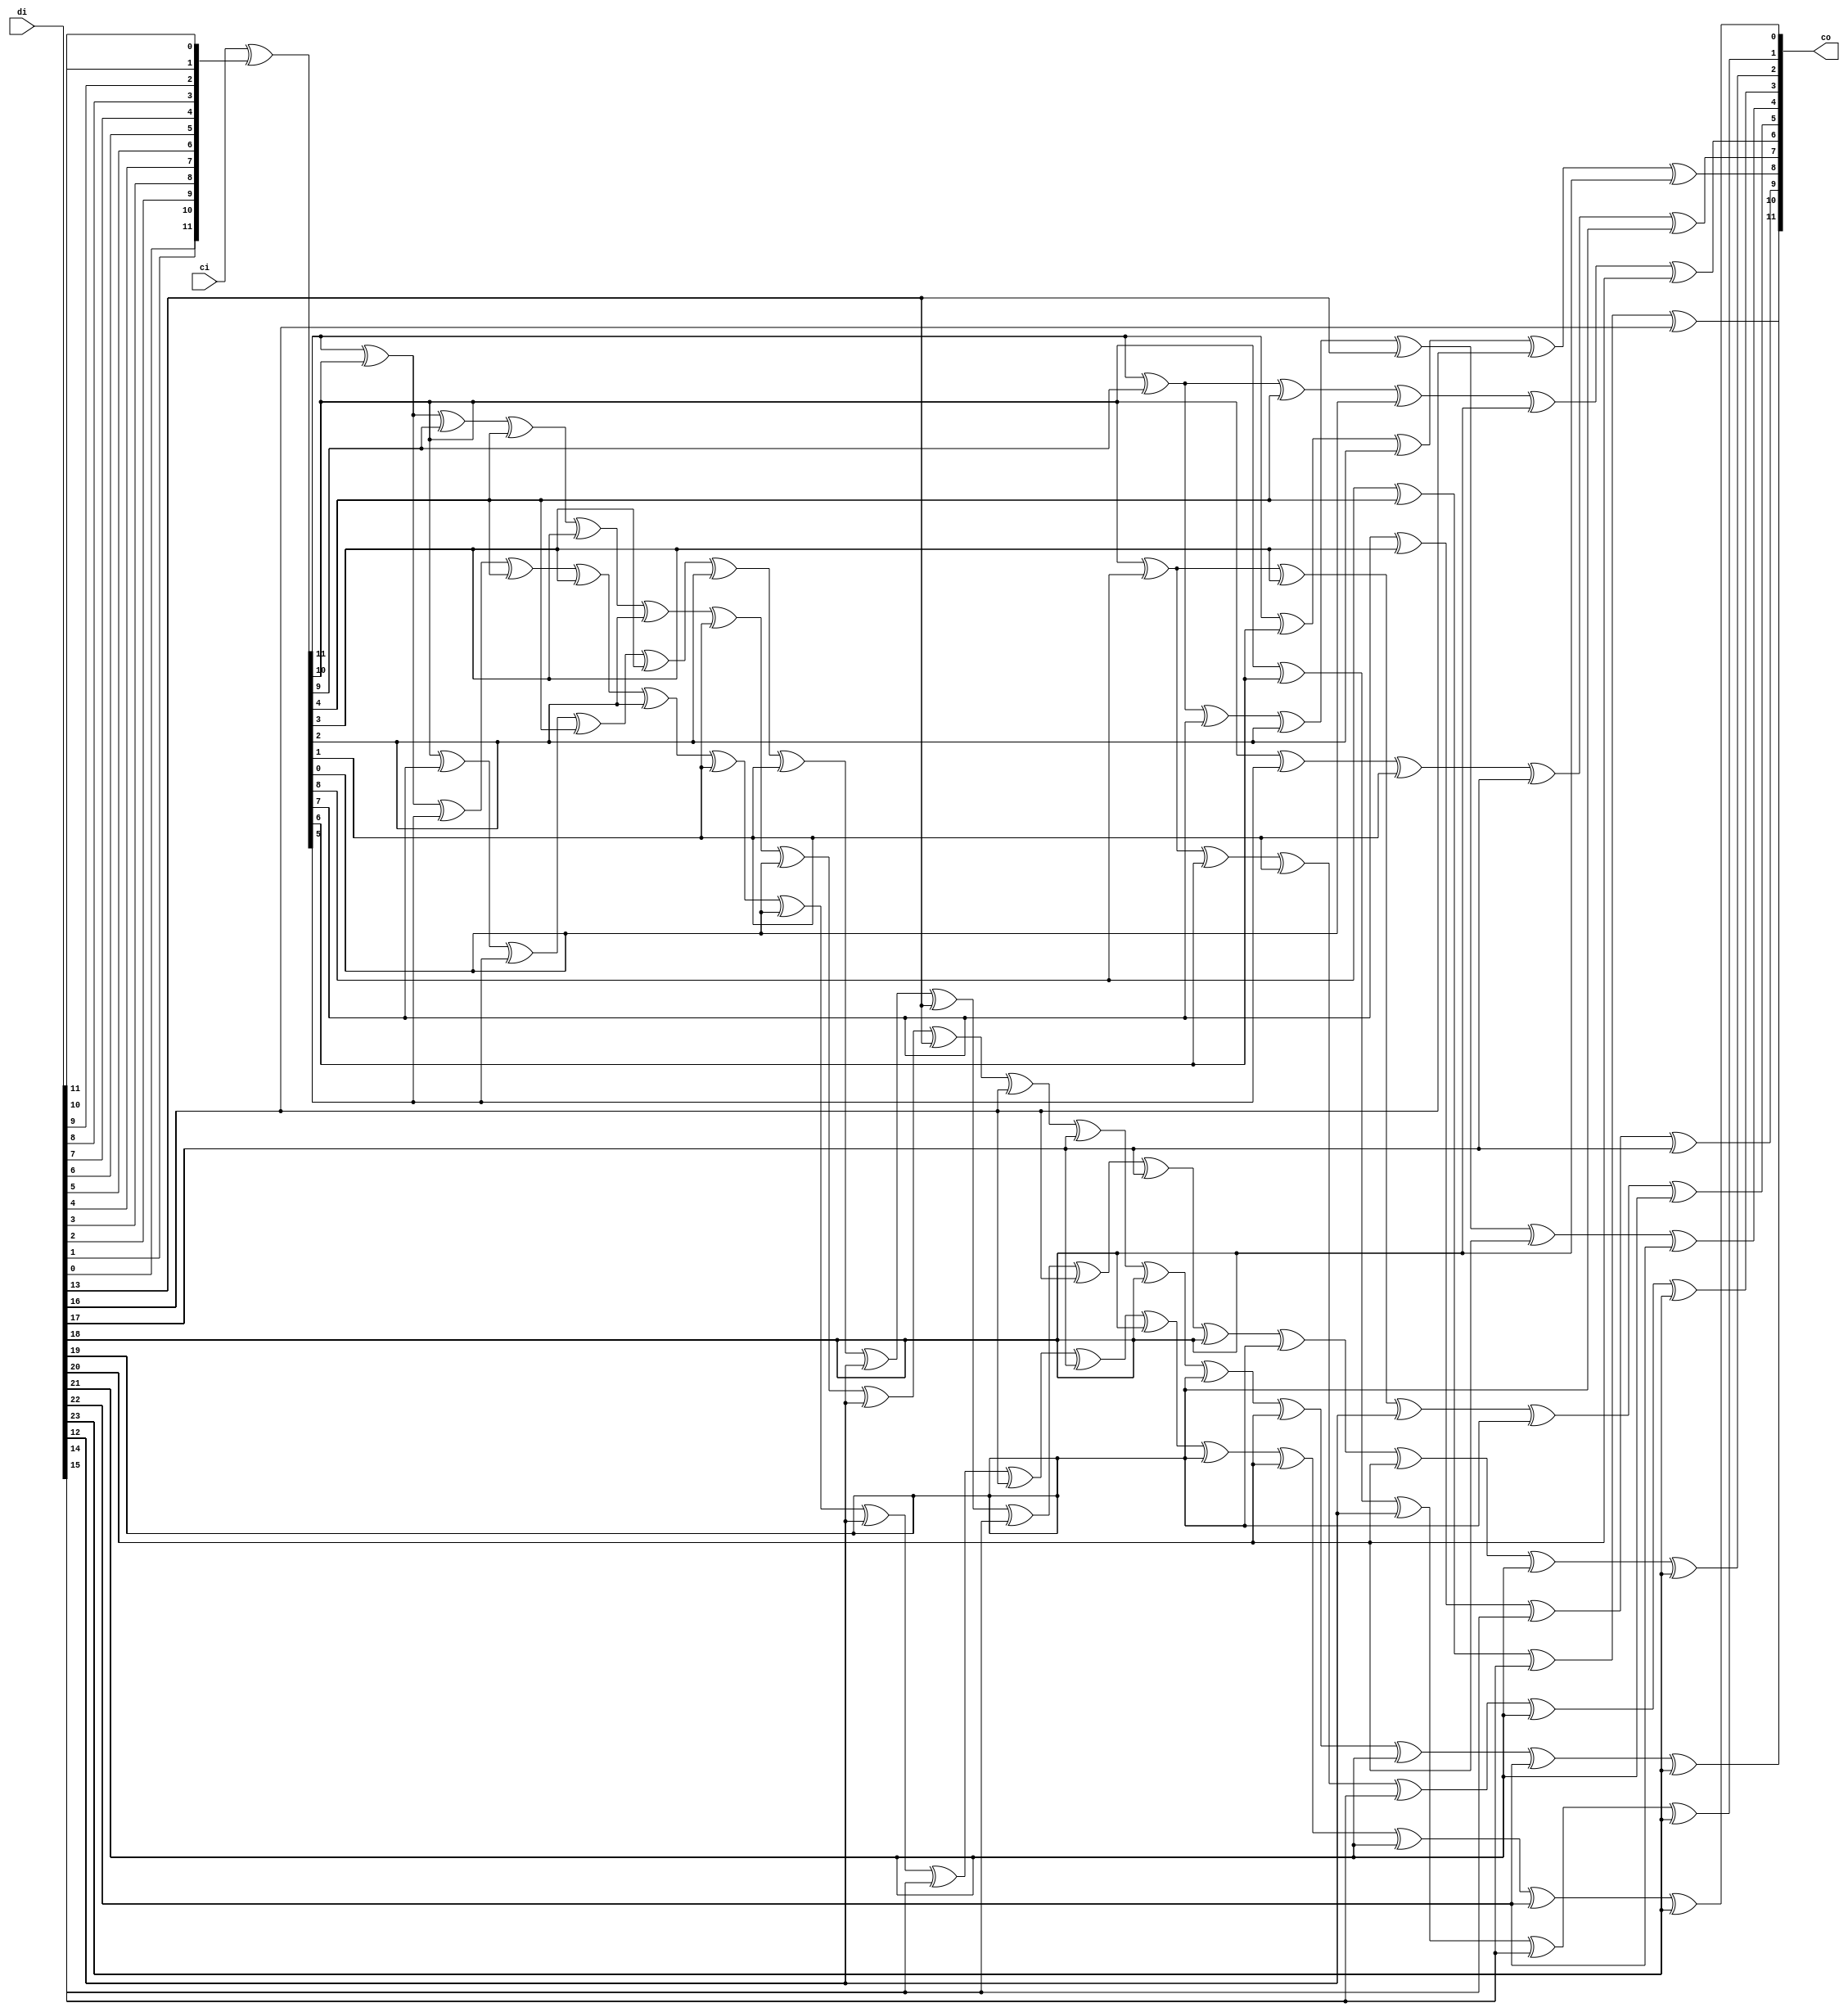
module ippcrc_crc12_24b
    (
     ci,
     di,

     co
     );

////////////////////////////////////////////////////////////////////////////////
// Port declarations
input [11:0]   ci;
input [23:0]   di;

output [11:0]  co;

////////////////////////////////////////////////////////////////////////////////
// Output declarations
wire [11:0]    co;

////////////////////////////////////////////////////////////////////////////////
// Parameter declarations

////////////////////////////////////////////////////////////////////////////////
// Local logic and instantiation
wire [11:0]     swdi;
assign          swdi =  {di[0],di[1],di[2],di[3],di[4],di[5],di[6],di[7],di[8],di[9],di[10],di[11]};

wire [11:0]     dx;
assign          dx   =  ci[11:0]^swdi[11:0];

assign          co[11]=dx[11]^dx[10]^dx[9]^dx[4]^dx[3]^dx[2]^dx[1]^dx[0]^
                di[12]^di[13]^di[16]^di[17]^di[18]^di[19]^di[20]^di[21]^di[22]^di[23];

assign          co[10]=dx[8]^dx[4]^
                di[14]^di[16];

assign          co[9]=dx[7]^dx[3]^
                di[15]^di[17];

assign          co[8]=dx[11]^dx[6]^dx[2]^
                di[16]^di[18];

assign          co[7]=dx[10]^dx[5]^dx[1]^
                di[17]^di[19];

assign          co[6]=dx[11]^dx[9]^dx[4]^dx[0]^
                di[18]^di[20];

assign          co[5]=dx[10]^dx[8]^dx[3]^
                di[12]^di[19]^di[21];

assign          co[4]=dx[11]^dx[9]^dx[7]^dx[2]^
                di[13]^di[20]^di[22];

assign          co[3]=dx[10]^dx[8]^dx[6]^dx[1]^
                di[14]^di[21]^di[23];

assign          co[2]=dx[10]^dx[7]^dx[5]^dx[4]^dx[3]^dx[2]^dx[1]^
                di[12]^di[13]^di[15]^di[16]^di[17]^di[18]^di[19]^di[20]^di[21]^di[23];

assign          co[1]=dx[10]^dx[6]^
                di[12]^di[14]^di[23];

assign          co[0]=dx[11]^dx[10]^dx[5]^dx[4]^dx[3]^dx[2]^dx[1]^dx[0]^
                di[12]^di[15]^di[16]^di[17]^di[18]^di[19]^di[20]^di[21]^di[22]^di[23];

endmodule